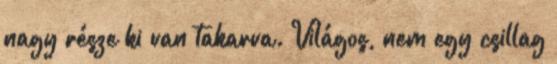
nagy része ki van takarva. Világos, nem egy csillag